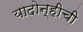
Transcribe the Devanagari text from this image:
यादोन्हीची